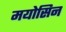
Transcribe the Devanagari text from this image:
मयोसिन